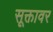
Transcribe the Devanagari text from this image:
सूक्तावर